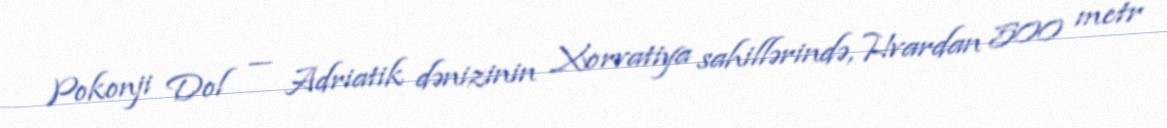
Pokonji Dol — Adriatik dənizinin Xorvatiya sahillərində, Hvardan 500 metr